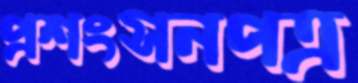
প্রশংসনপত্র